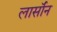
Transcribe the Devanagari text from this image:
लार्सॉन